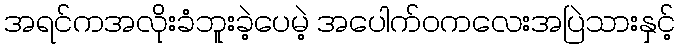
အရင်ကအလိုးခံဘူးခဲ့ပေမဲ့ အပေါက်ဝကလေးအပြဲသားနှင့်